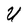
Character: U